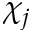
\chi _ { j }